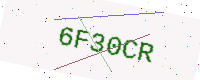
Text: 6F30CR